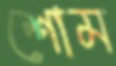
শোম